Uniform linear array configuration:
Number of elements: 32
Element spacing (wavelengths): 0.5
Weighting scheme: cosine
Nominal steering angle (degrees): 30
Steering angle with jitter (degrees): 29.09
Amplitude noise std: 0.05
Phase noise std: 0.05

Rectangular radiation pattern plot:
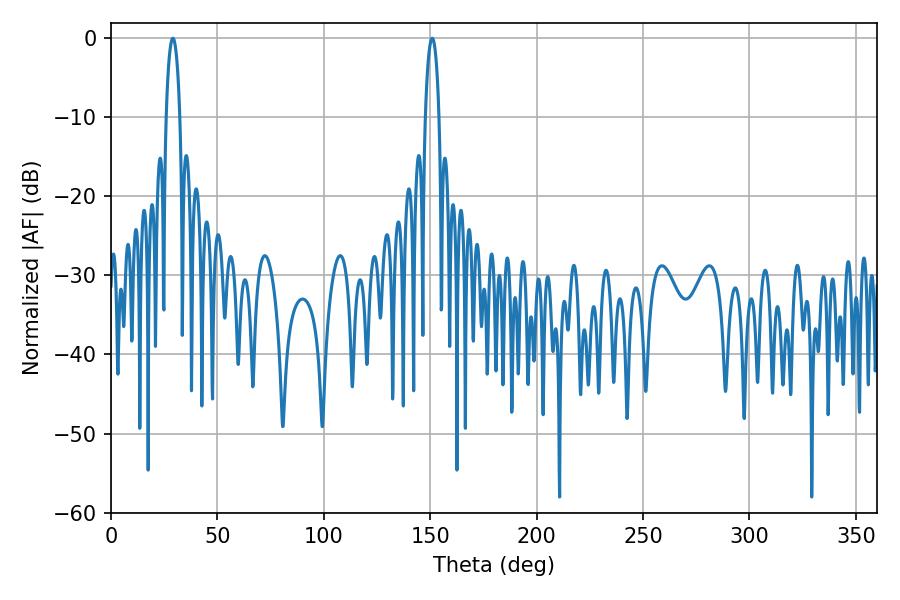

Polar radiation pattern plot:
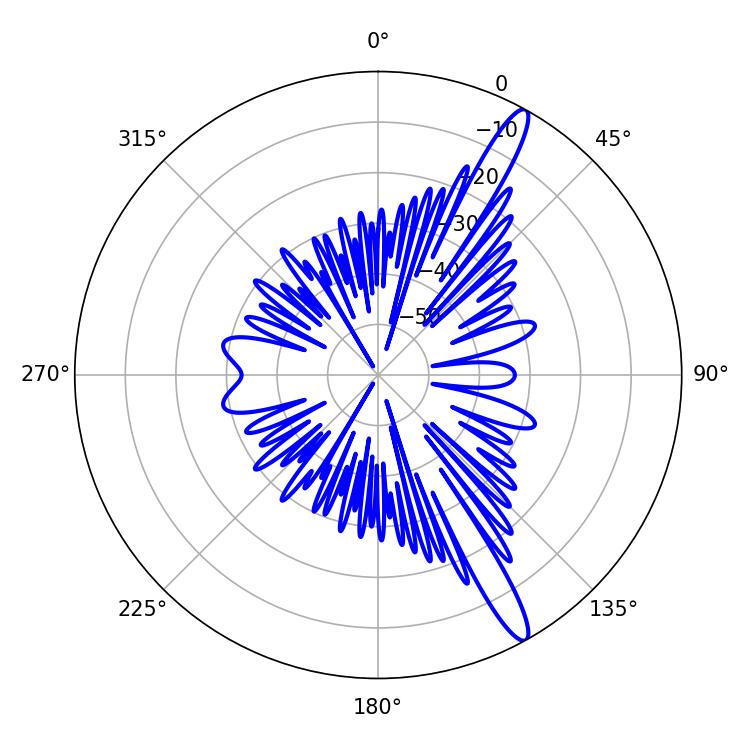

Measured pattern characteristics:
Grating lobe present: FALSE
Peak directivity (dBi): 14.575
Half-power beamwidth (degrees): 3.78
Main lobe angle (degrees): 28.98